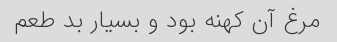
مرغ آن کهنه بود و بسیار بد طعم